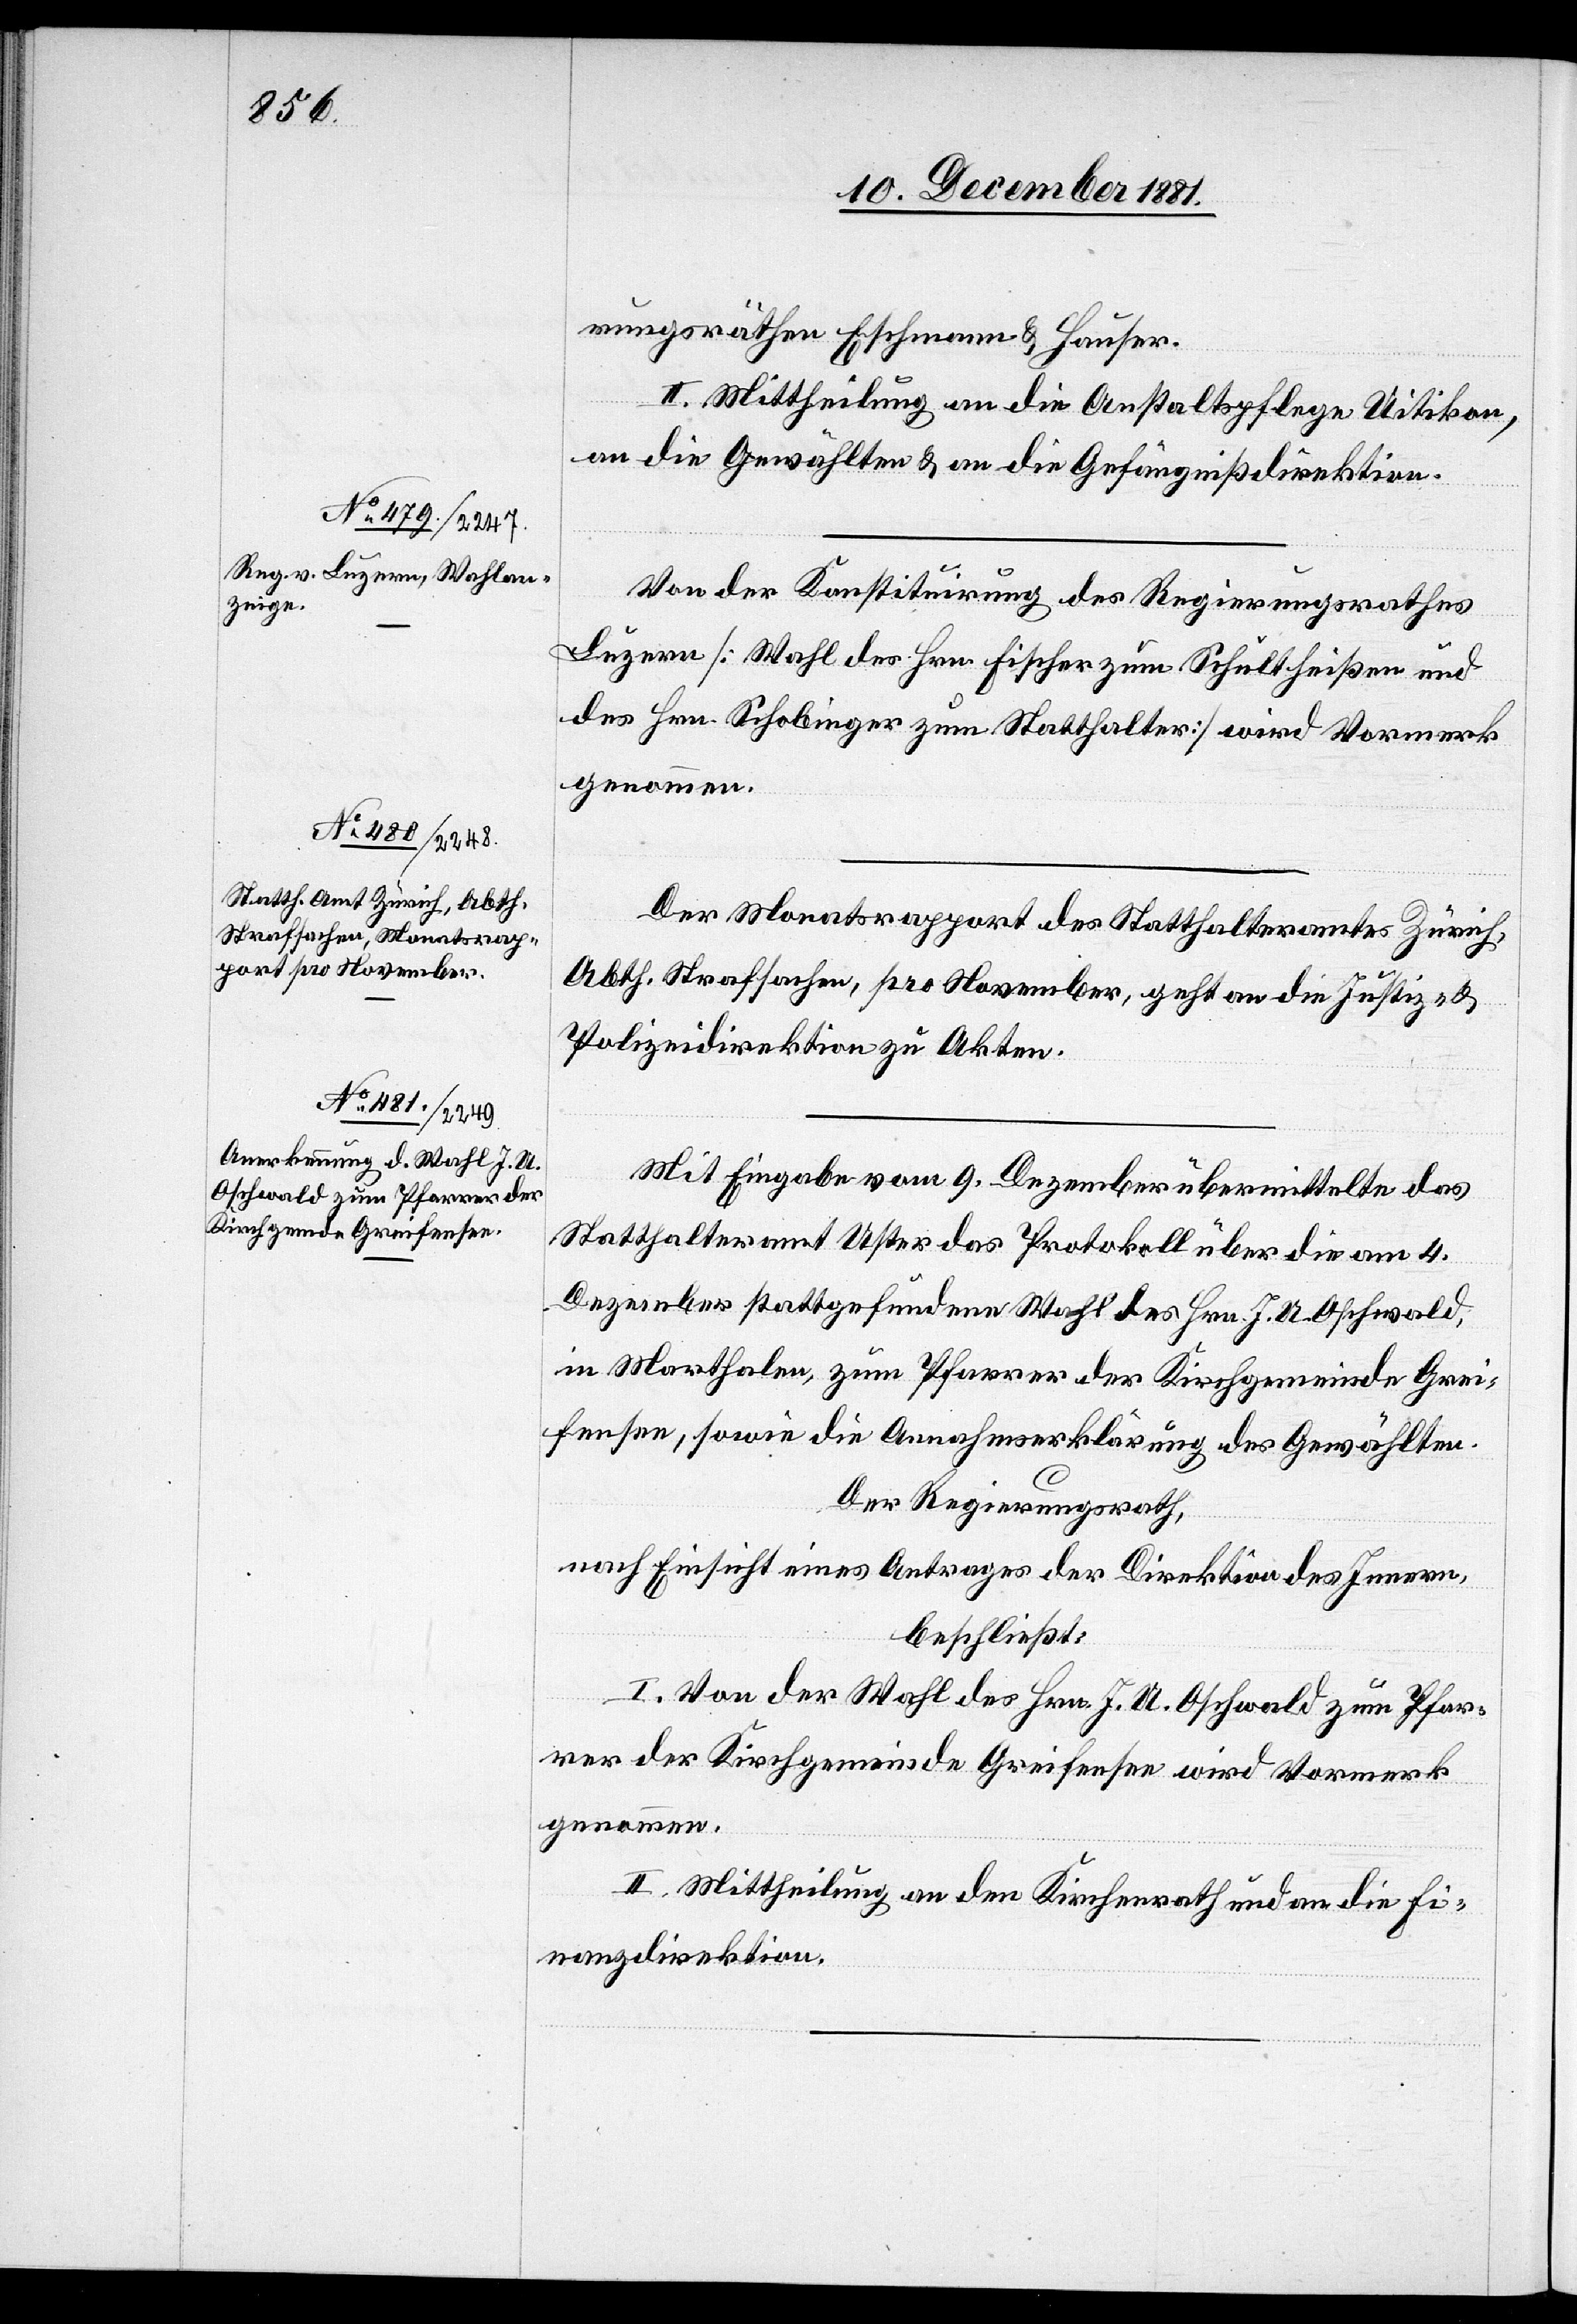
rungsräthen Eschmann & Hauser.
II. Mittheilung an die Anstaltspflege Uitikon,
an die Gewählten & an die Gefängnißdirektion.
Von der Konstituirung des Regierungsrathes
Luzern [Wahl des Hrn. Fischer zum Schultheißen und
des Hrn. Schobinger zum Statthalter] wird Vormerk
genommen.
Der Monatsrapport des Statthalteramtes Zürich,
Abth. Strafsachen, pro November, geht an die Justiz- &
Polizeidirektion zu Akten.
Mit Eingabe vom 9. Dezember übermittelte das
Statthalteramt Uster das Protokoll über die am 4.
Dezember stattgefundene Wahl des Hrn. J. U. Oschwald,
in Marthalen, zum Pfarrer der Kirchgemeinde Grei¬
fensee, sowie die Annahmserklärung des Gewählten.
Der Regierungsrath,
nach Einsicht eines Antrages der Direktion des Innern,
beschließt:
I. Von der Wahl des Hrn. J. U. Oschwald zum Pfar¬
rer der Kirchgemeinde Greifensee wird Vormerk
genommen.
II. Mittheilung an den Kirchenrath und an die Fi¬
nanzdirektion.